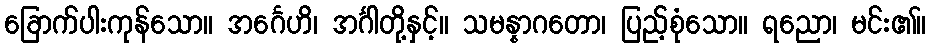
ခြောက်ပါးကုန်သော။ အင်္ဂေဟိ၊ အင်္ဂါတို့နှင့်။ သမန္နာဂတော၊ ပြည့်စုံသော။ ရညော၊ မင်း၏။